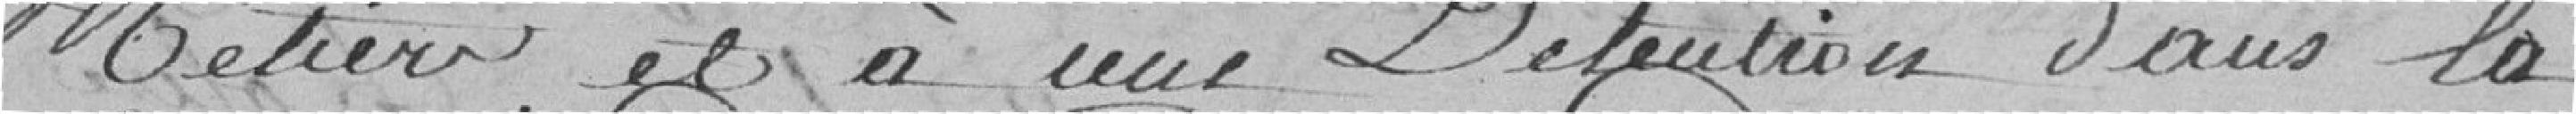
métier et à une détention dans la